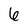
Character: 6